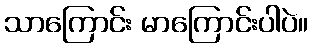
သာကြောင်း မာကြောင်းပါပဲ။